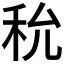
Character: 𥝲